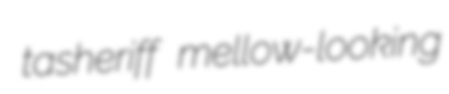
tasheriff mellow-looking